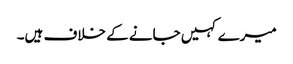
میرے کہیں جانے کے خلاف ہیں۔